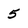
Character: 5